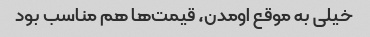
خیلی به موقع اومدن، قیمت‌ها هم مناسب بود